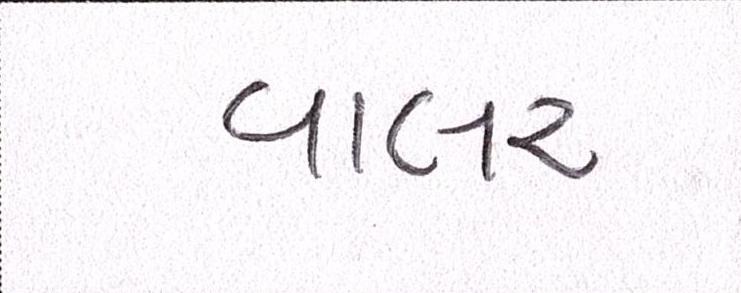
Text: વાલર